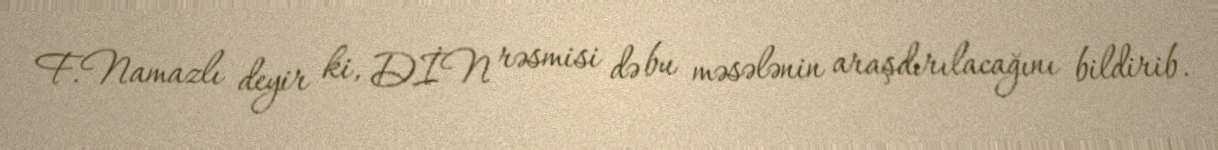
F.Namazlı deyir ki, DİN rəsmisi də bu məsələnin araşdırılacağını bildirib.